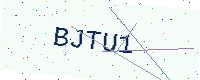
Text: BJTU1